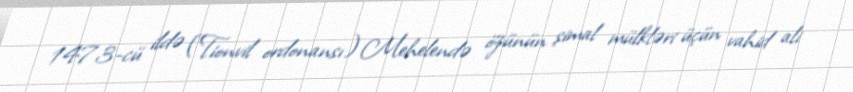
1473-cü ildə (Tionvil ordonansı) Mehelendə özünün şimal mülkləri üçün vahid ali